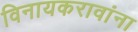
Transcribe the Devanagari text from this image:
विनायकरावांना